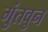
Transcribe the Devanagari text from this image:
गुंतवुन